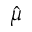
\hat { \mu }